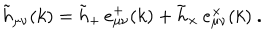
\tilde { h } _ { \mu \nu } ( k ) = \tilde { h } _ { + } \, e _ { \mu \nu } ^ { + } ( k ) + \tilde { h } _ { \times } \, e _ { \mu \nu } ^ { \times } ( k ) \ .